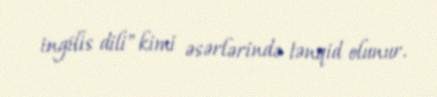
ingilis dili" kimi əsərlərində tənqid olunur.